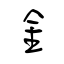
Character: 釒